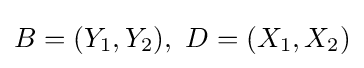
B=(Y_{1},Y_{2}),~D=(X_{1},X_{2})